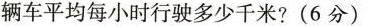
辆车平均每小时行驶多少千米?(6分)